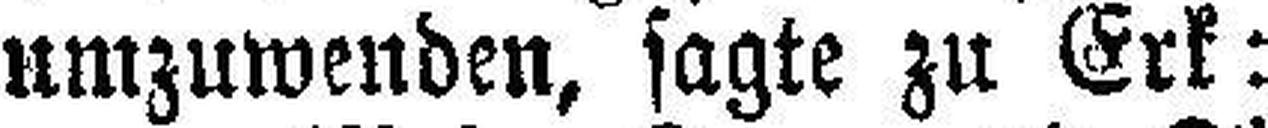
umzuwenden, sagte zu Erk: